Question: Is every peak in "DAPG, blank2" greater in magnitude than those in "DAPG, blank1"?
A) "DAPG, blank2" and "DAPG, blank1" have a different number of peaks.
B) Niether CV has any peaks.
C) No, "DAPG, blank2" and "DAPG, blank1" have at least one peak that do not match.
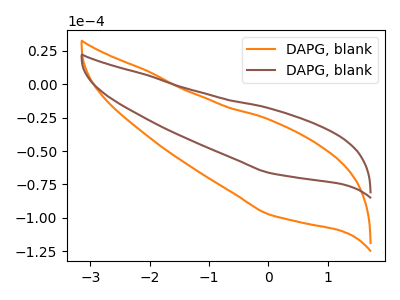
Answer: <think>The orange curve "DAPG, blank1" has no peaks. The brown curve "DAPG, blank2" has no peaks.</think>
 <answer>B) Niether CV has any peaks.</answer>
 <eval>B</eval>